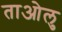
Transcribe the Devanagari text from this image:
ताओलु